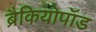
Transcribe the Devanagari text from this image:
ब्रैकियोपॉड